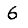
Digit: 6